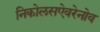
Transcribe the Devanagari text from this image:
निकोलसऐवरेनोव